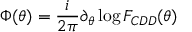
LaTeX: \Phi ( \theta ) = { \frac { i } { 2 \pi } } \partial _ { \theta } \log F _ { C D D } ( \theta )